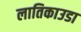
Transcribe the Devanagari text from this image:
लातिकाउडा